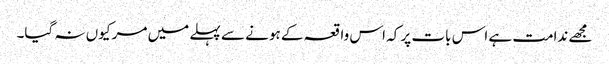
مجھے ندامت ہے اس بات پر کہ اس واقعہ کے ہونے سے پہلے میں مر کیوں نہ گیا۔